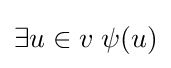
\exists u\in v\;\psi (u)